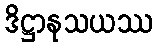
ဒိဋ္ဌာနုသယဿ